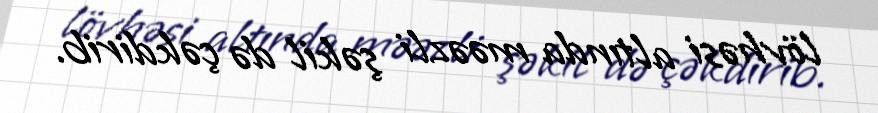
lövhəsi altında məəzli şəkil də çəkdirib.